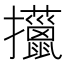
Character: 𢺍